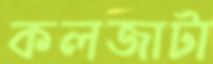
কলজাটা